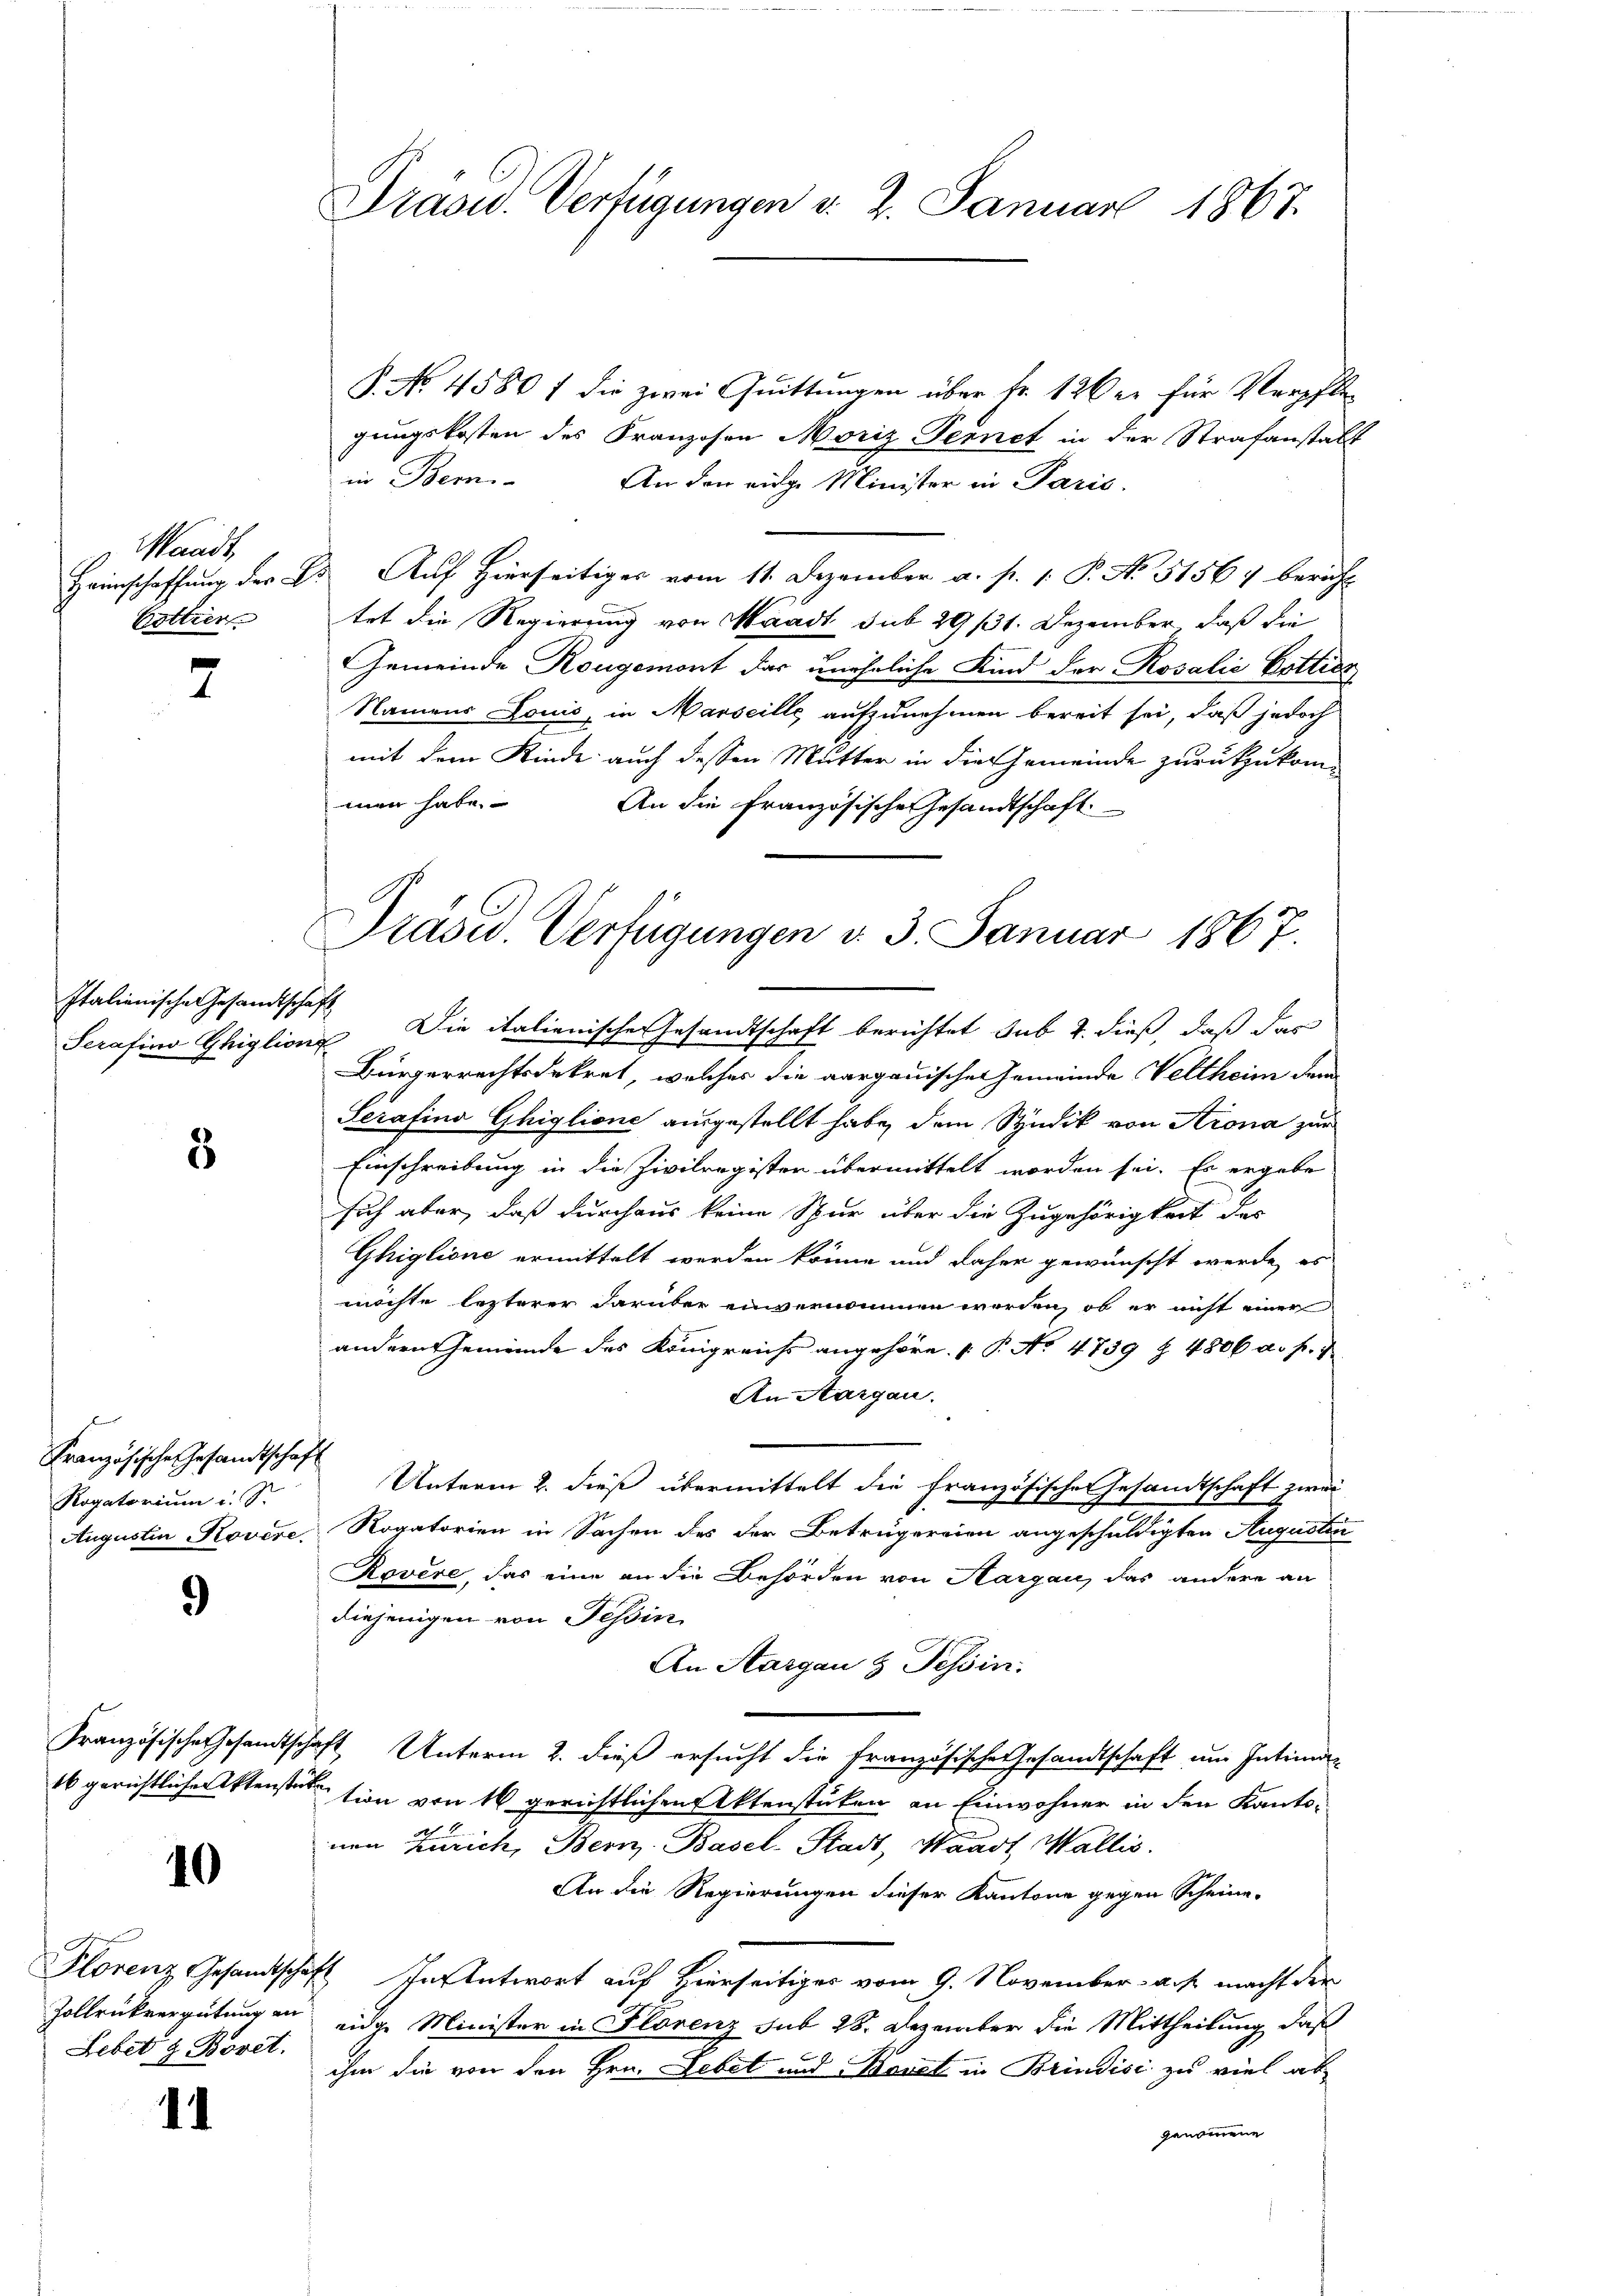
Waadt,
Bottier

2

Italienische Gesandtschaft

3

Französische Gesandtschaft
Rogatorium u. St
Augustin Rovere

9

16 gerichtlicher Aktenste

10

Zollrükvergütung an
Lebet & Bovet.

1

Prasid. Verfügungen v. 2. Januar 1867.

Präsid. Verfügungen d. 3. Januar 1867.

P. No. 4580 f die zwei Quittungen über fr. 126 er für Verpflegungskosten des Franzosen Moriz Ternet in der Strafanstatt
in Bern
An den eidge Minister in Paris.
Heimschaffung der E. Auf Hierseitiges vom 11. Dezember a. p. 1. P. No 51567 bericht
tet die Regierung von Waadt sub 29 131. Dezember, daß die
Gemeinde Kongemont das uneheliche Kind der Rosalić Cottier
Namens Louis, in Marseille, aufzunehmen bereit sei, daß jedoch
mit dem Kinde auch dessen Mutter in die Gemeinde zurückzukom-
men habe.
An die Französische Gesandtschaft.
Serafina Ghiglione Die italienische Gesandtschaft berichtet sub 2. dieß, daß das
Bürgerrechtsdekret, welches die aargauischen Gemeinde Veltheim dem
Serafina Ghiglione ausgestellt habe, dem Syndik von Arona zur
Einschreibung in die Zivilregisten übermittelt worden sei. Es ergebe
sich aber, daß durchaus keine Spur über die Zugehörigkeit das
Ghiglione ermittelt werden könne und daher gewünscht werde, es
möchte lezterer darüber einvernommen worden, ob er nicht einer
andern Gemeinde des Königreichs angehöre. P. No 4739 Z 4806 a. f. 7
An Aargau.
Unterm 2. dieß übermittelt die Französis
te Gesandtschaft zwei
Rogatorien in Sachen des der Betrugereien angeschuldigten Augustin
Rovere, das eine an die Behörden von Aargau, das andere an
diejenigen von Tessin
An Aargau & Tessin:
Französische Gesandtschaft Unterm 2. dieß ersucht die französische Gesandtschaft um Intima
tion von 16 gerichtlichen Aktenstücken an Einwohner in den Kantonen Zürich, Bern. Basel-Stadt, Waadt, Wallis.
An die Regierungen dieser Kantone gegen Scheine-
Florenz Gesandtschaft In Antwort auf Hierseitiges vom 9. November a. s. macht der
eidge Minister in Florenz sub 28. Dezember die Mittheilung, daß
ihm die von den Hrn. Febet und Konst in Brindici zu viel ab
genommene